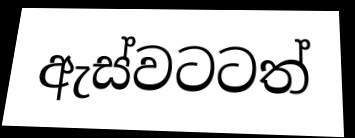
ඇස්වටටත්